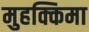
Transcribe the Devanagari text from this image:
मुहक्किमा